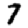
Digit: 7